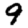
Digit: 9